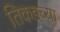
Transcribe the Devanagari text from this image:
तिकडच्या